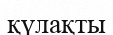
қүлақты